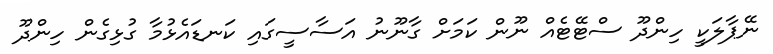
ނޭޕާލަކީ ހިންދޫ ސްޓޭޓެއް ނޫން ކަމަށް ގާނޫނު އަސާސީގައި ކަނޑައެޅުމާ ގުޅިގެން ހިންދޫ